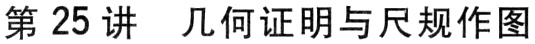
第25讲  几何证明与尺规作图